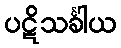
ပဋိသင်္ခါယ